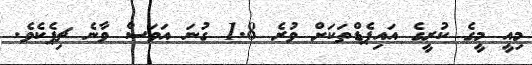
މިއީ މީގެ ކުރީގެ އައިޕެޑްތަކަށް ވުރެ 1.8 ގުނަ އަވަސް ވާނެ ޗިޕެކެވެ.